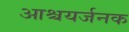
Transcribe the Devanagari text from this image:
आश्चयर्जनक